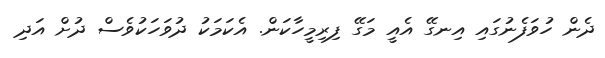
ދެން ހުވަފެނުގައި އިނގޭ އެއީ މަގޭ ފިރިމީހާކަން. އެކަމަކު ދުވަހަކުވެސް ދުށް އަދި